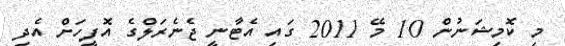
މި ކޮމިޝަނުން 10 މޭ 2011 ގައި އެޓާނީ ޖެނެރަލްގެ އޮފީހަށް އެދި